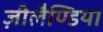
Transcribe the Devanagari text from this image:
ज़ीलैण्डिया